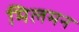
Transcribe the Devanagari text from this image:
मिलमन